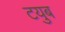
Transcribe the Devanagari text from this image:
टयुब